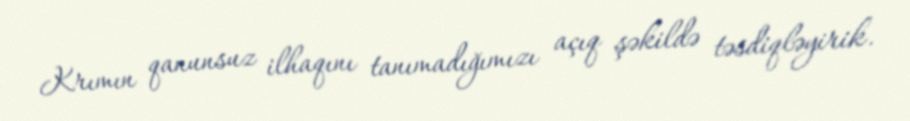
Krımın qanunsuz ilhaqını tanımadığımızı açıq şəkildə təsdiqləyirik.